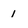
Character: 1